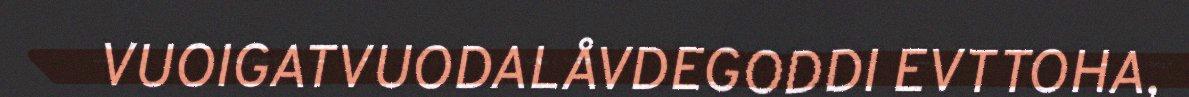
VUOIGATVUODALÅVDEGODDI EVTTOHA,